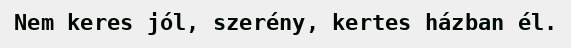
Nem keres jól, szerény, kertes házban él.